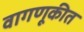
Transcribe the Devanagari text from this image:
वागणूकीत